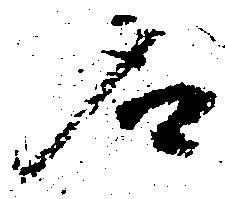
名